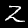
Label: 2